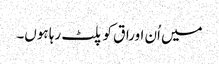
میں اُن اوراق کو پلٹ رہا ہوں۔